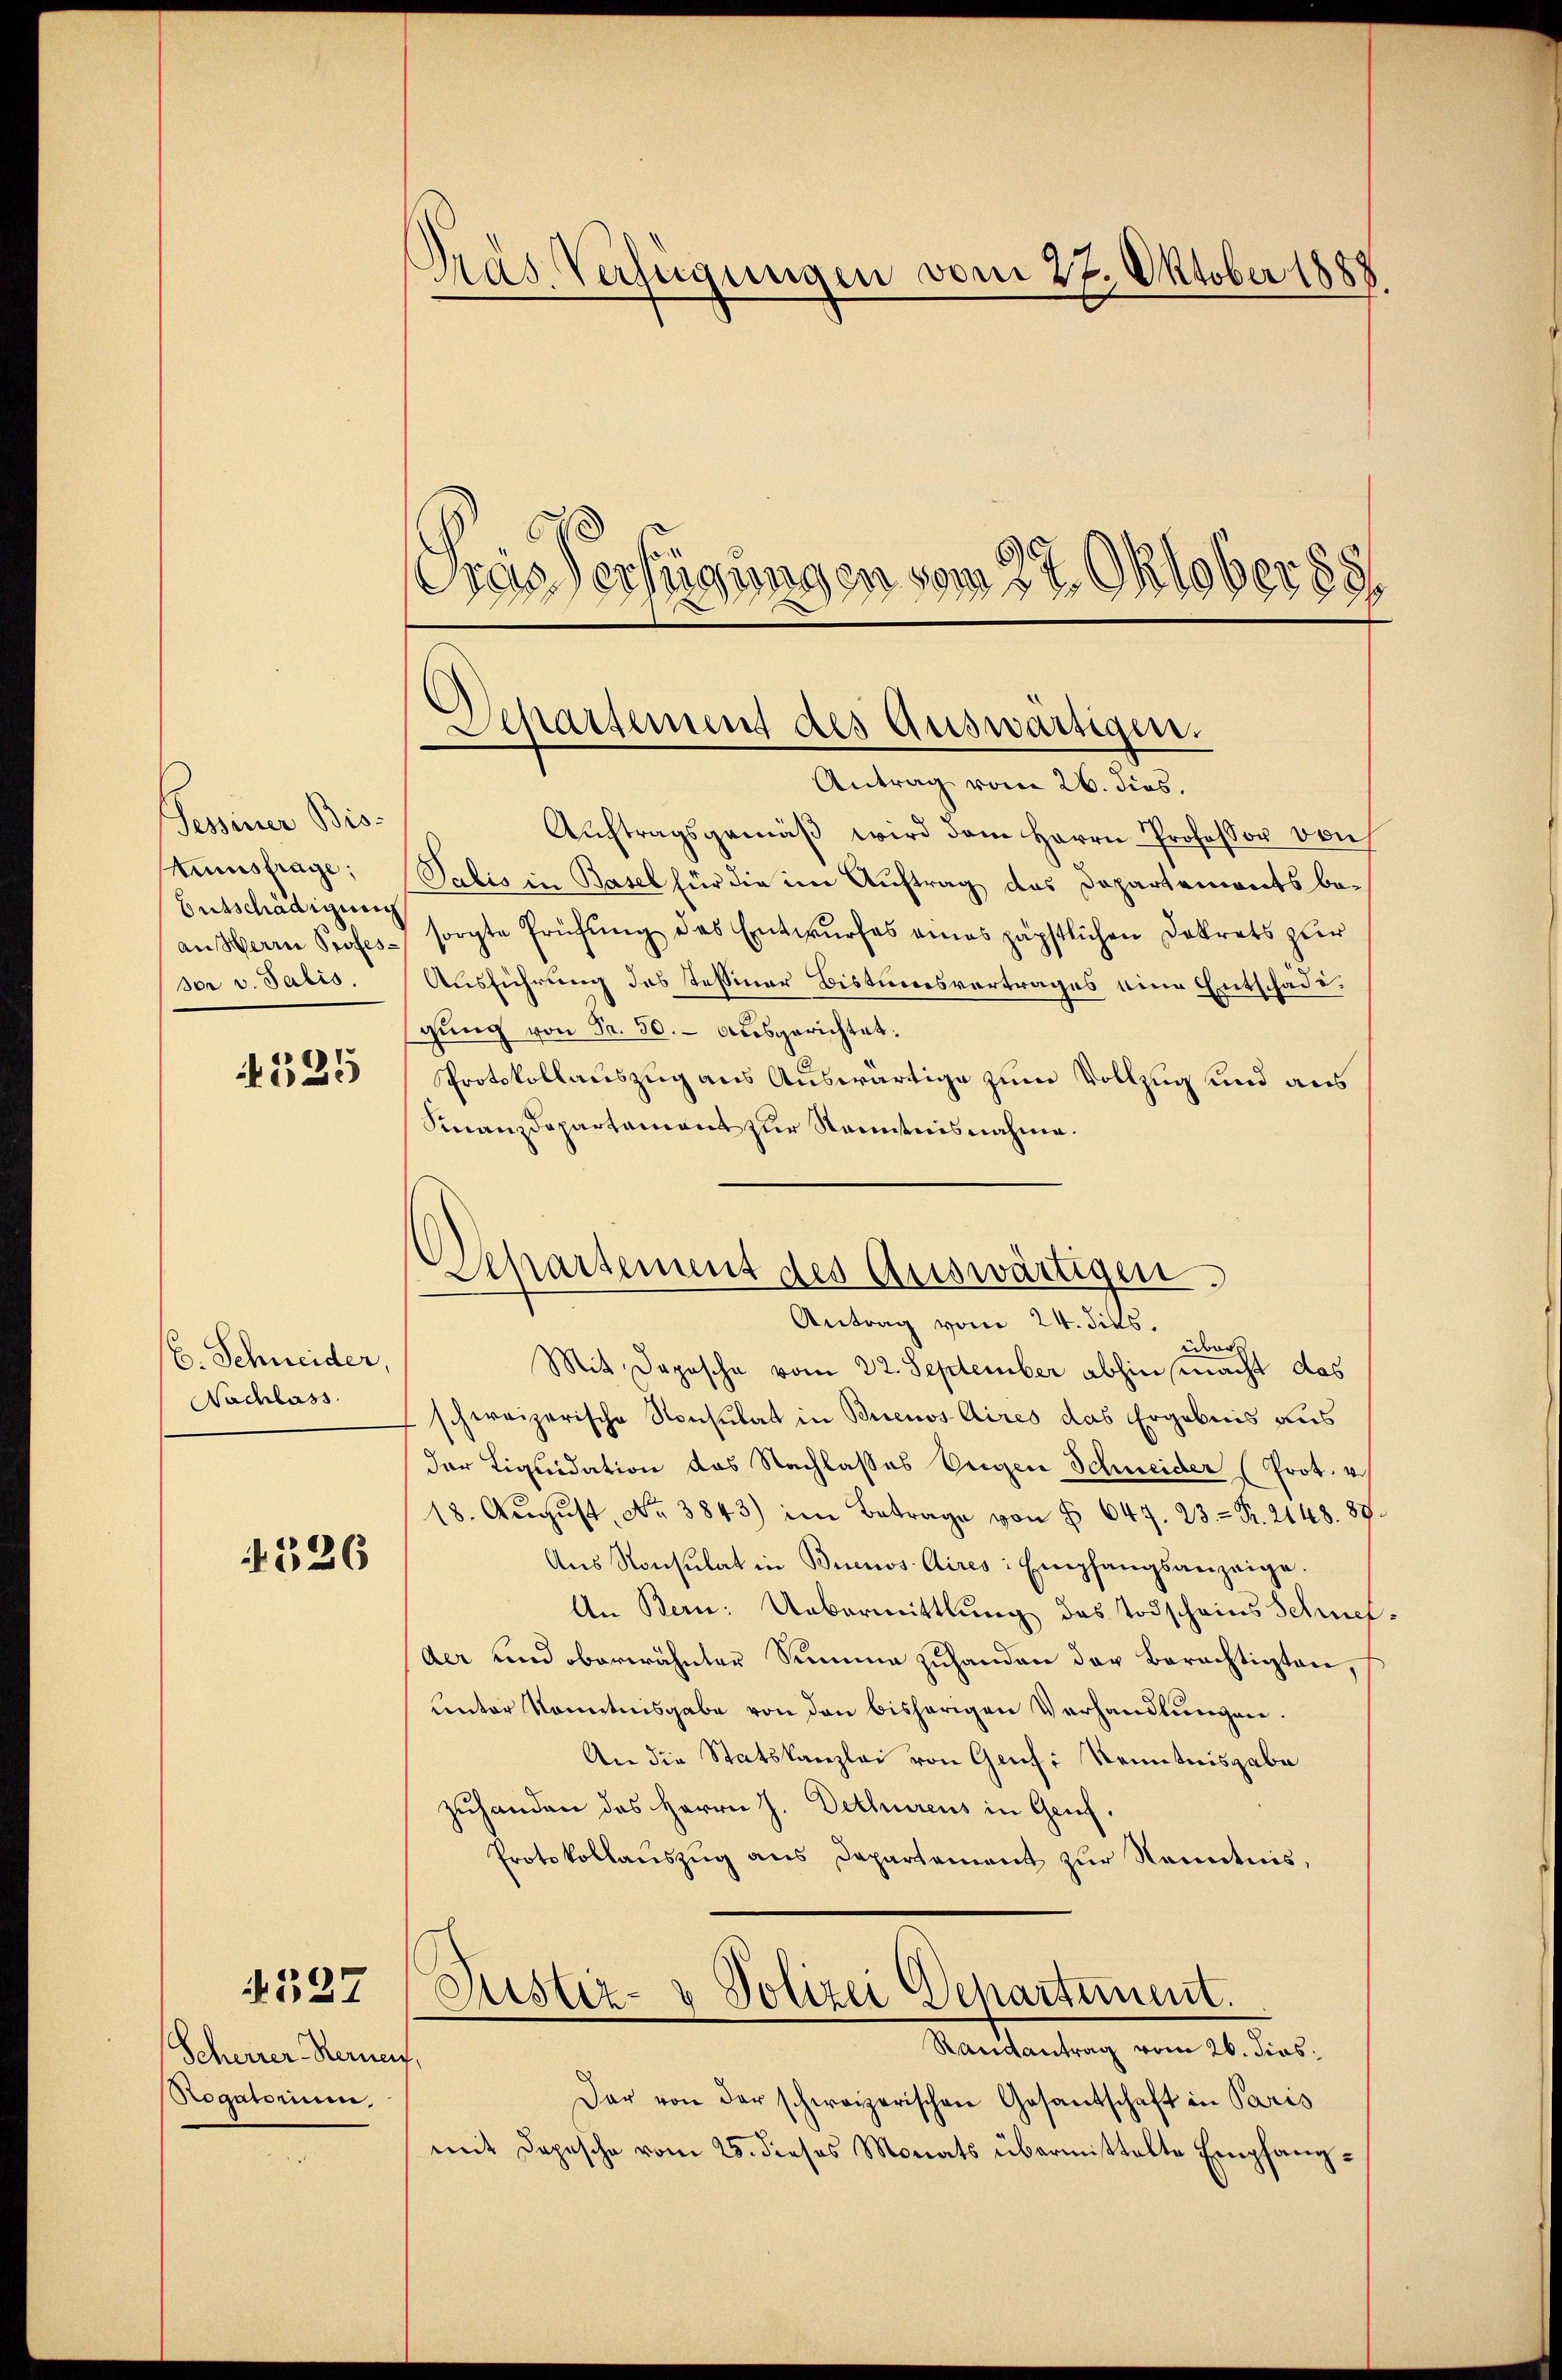
Pessiner Bis
tumsfrage;
Entschädigung
an Herrn Professor v. Salis

.
12.

E. Schneider,
Nachlass

526

1527

Scherrer Kernen.
Rogatorium.

Dras Verfügungen vom 27. Oktober 1888

as Verfügungen vom 27. Oktober 88.

Separtement des Auswärtigen.
Antrag vom 26. dies.

Aŭftragsgemäβ wird dem Herrn Professor Bruch
Palis in Basel für die im Auftrag das Departements besorgte Prüfung des Entwurfes eines päpstlichen Dekrets zur
Ausführung des Tessiner Bistumsvertrages eine Entschädigŭng von Fr. 50. ausgerichtet.
Protokollauszug aus Auswärtige zum Vollzug und aus
Finanzdepartament zur Kenntnisnahme.

Separtement des Auswärtigen.
Antrag vom 24. dies

über
Mit Daposche vom 22. September abhin macht das
schweizerische Konsulat in Buenos Aires das Ergebnis aus
der Liquidation das Nachlasses Eigen Schneider (Prot. 4
18. Aŭgŭst No. 3843) im Betrage von § 647. 23. - Fr. 2148. 89.
Aŭs Konsulat in Buenos Aires: Empfangsanzeige.
An Bern: Uebermittlung des Todscheins Schnet
der und oberwähnter Summe zuhanden der Berechtigten,
unter Kenntnisgabe von den bisherigen Verhandlungen.
An die Statskanzlei von Genf: Kenntnisgabe
zuhanden des Herrn J. Dethürens in Gruf.
Protokollanszug aus Departement zur Kenntnis,
Puster- & Polizei Departement.
Randantrag vom 26. dies
Dar von der schweizerischen Gesantschaft in Paris
mit Depesche vom 25. dieses Monats übermittelte Empfang¬